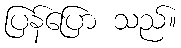
ပြန်ပြော သည်။